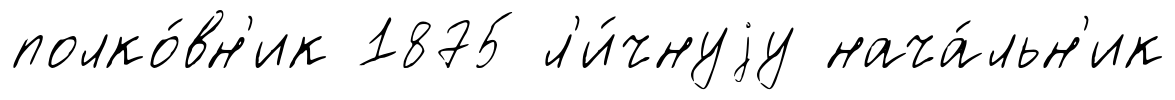
полко́вн'ик 1875 л'и́чнуjу нача́льн'ик